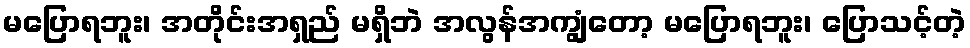
မပြောရဘူး၊ အတိုင်းအရှည် မရှိဘဲ အလွန်အကျွံတော့ မပြောရဘူး၊ ပြောသင့်တဲ့